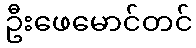
ဦးဖေမောင်တင်